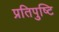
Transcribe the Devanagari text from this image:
प्रतिपुष्‍टि